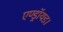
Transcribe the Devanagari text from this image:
एण्ड्रॉयड।